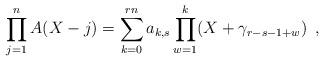
LaTeX: \begin{align*}\prod_{j=1}^nA(X-j)=\sum_{k=0}^{rn}a_{k,s}\prod_{{{w}}=1}^k(X+\gamma_{r-s-1+{{w}}})\enspace,\end{align*}